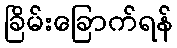
ခြိမ်းခြောက်ရန်